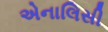
એનાલિસી